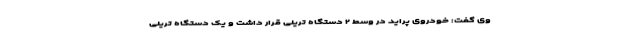
وی گفت: خودروی پراید در وسط ۲ دستگاه تریلی قرار داشت و یک دستگاه تریلی